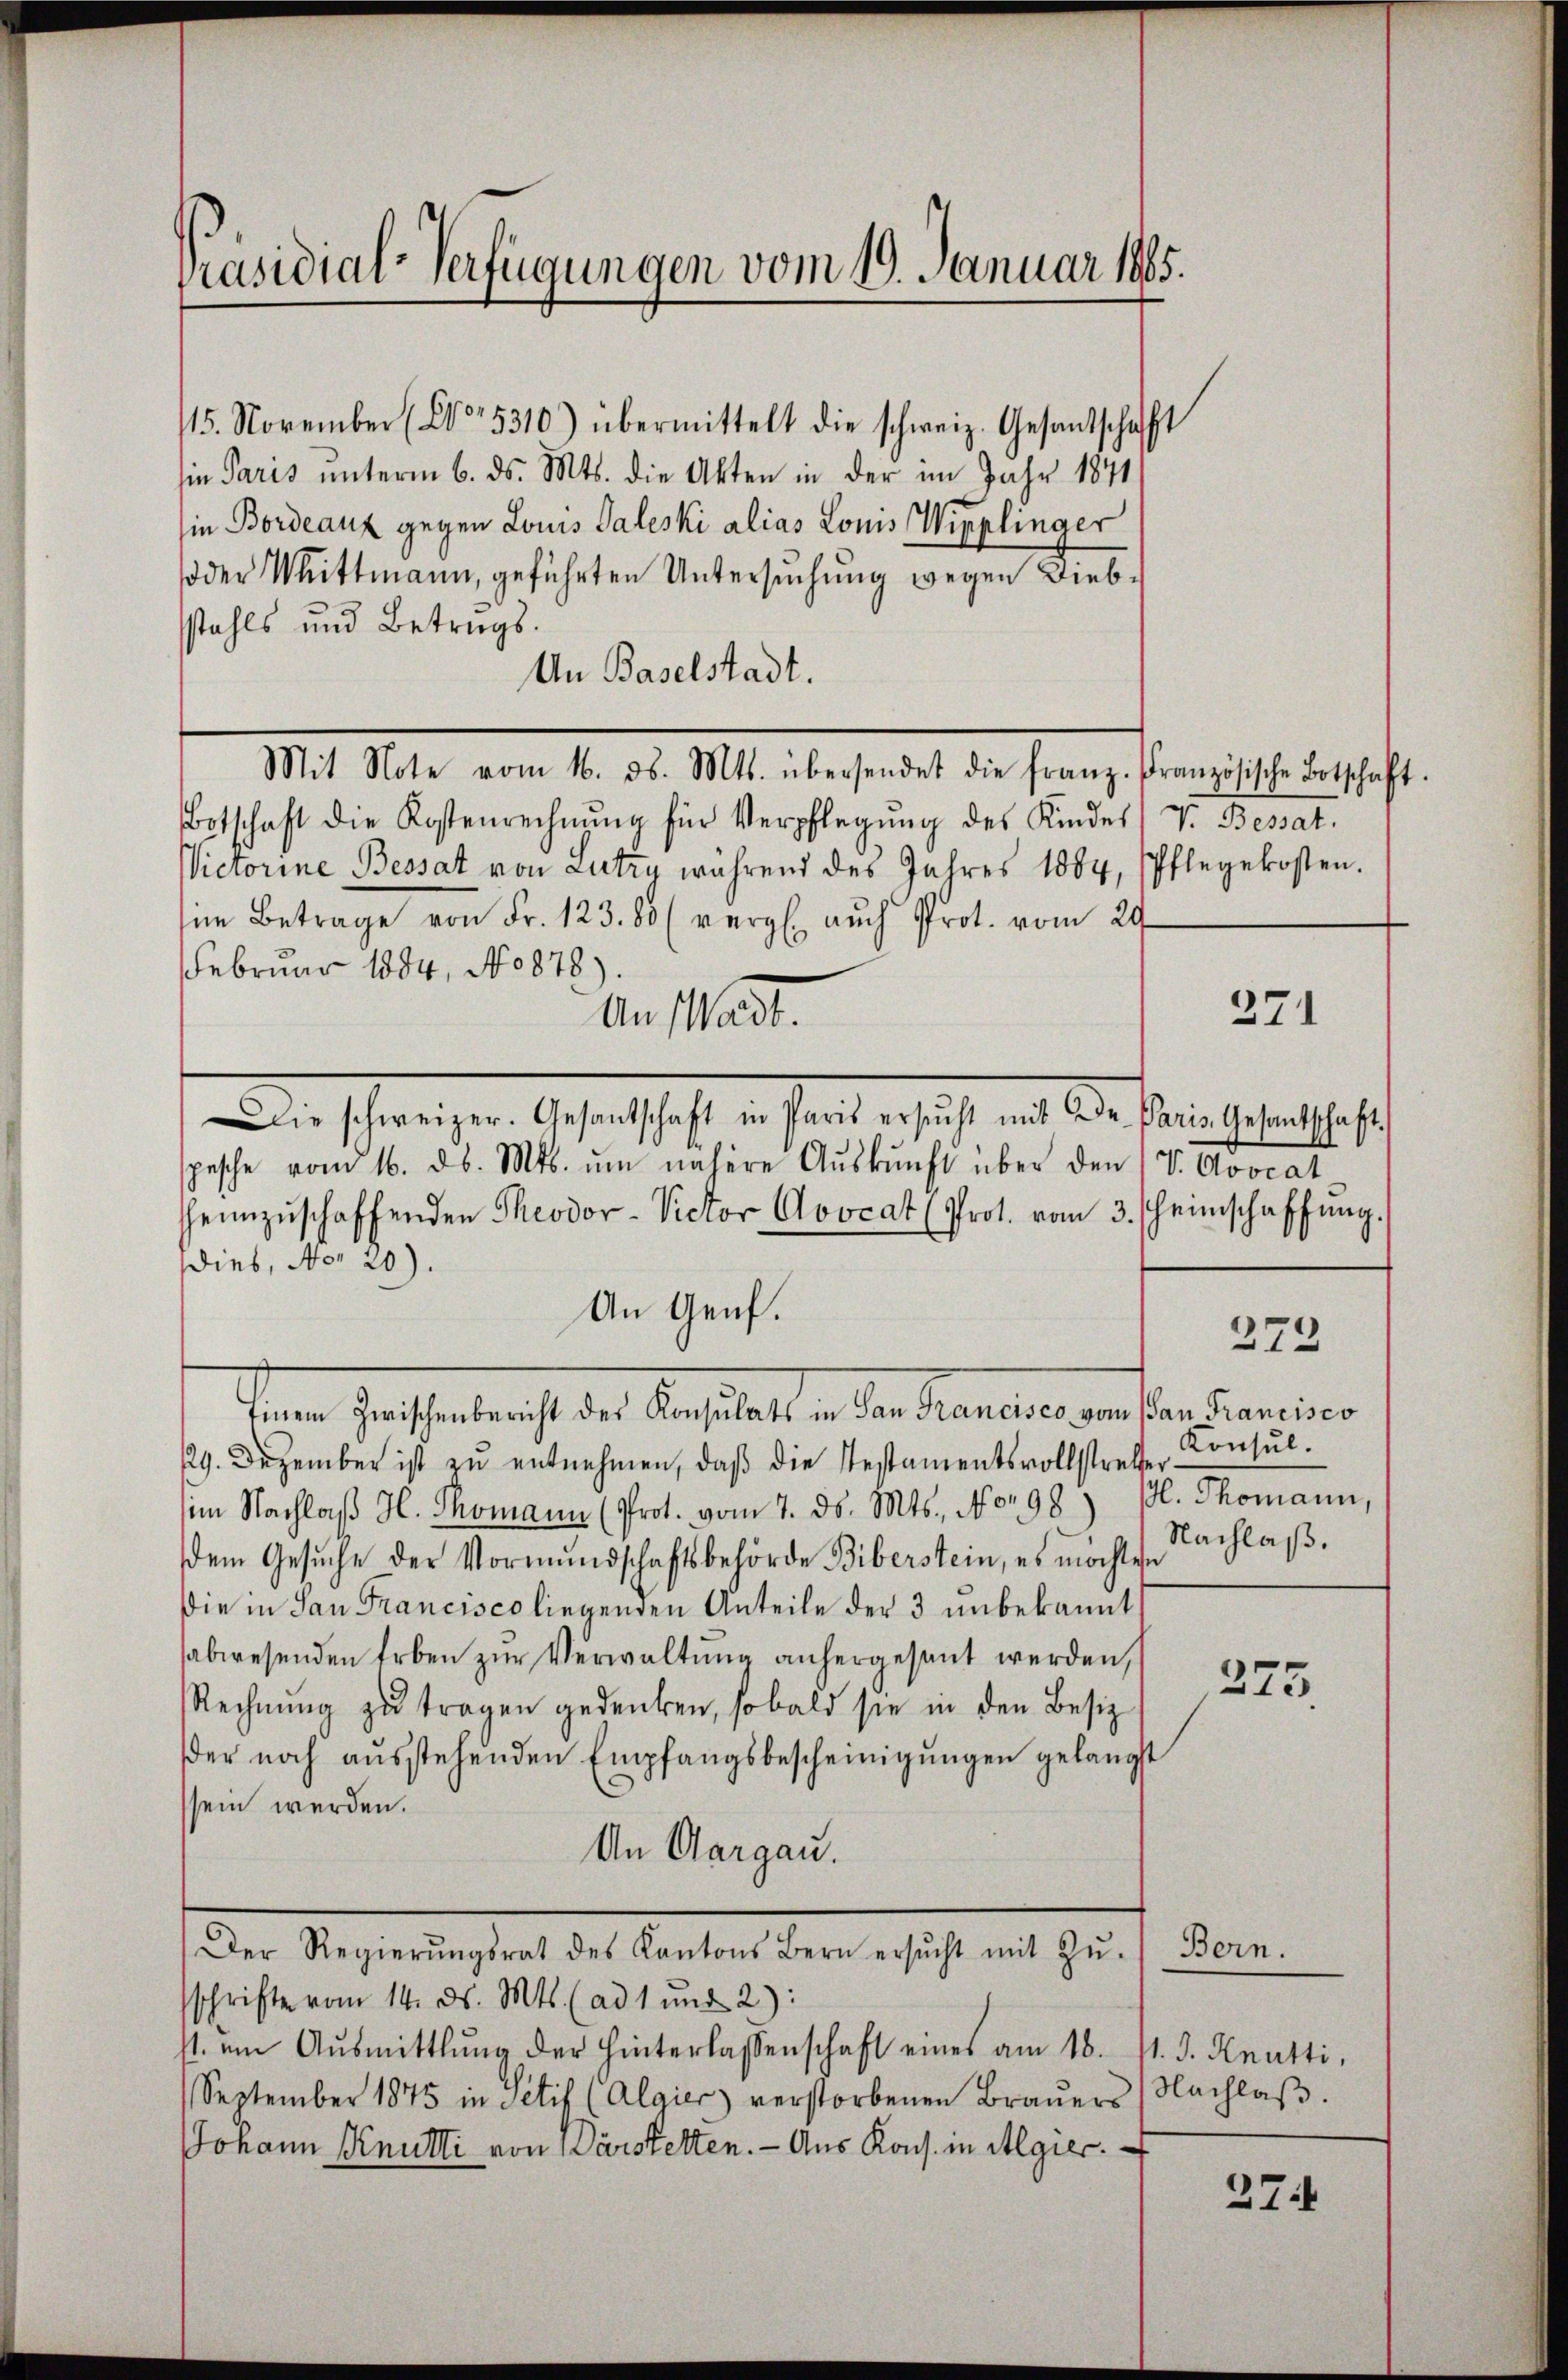
Präsidial-Verfügungen vom 19. Januar 1865.

115. November (Do. 5310) übermittelt die schweiz. Gesantschaft
in Paris unterm 6. ds. Mts. die Akten in der im Jahr 1841
in Bordeauz gegen Louis Taleski alias Louis Wipplinger
oder Mittmann, geführten Untersuchung wegen Diebstahls und Betrugs.
An Baselstadt.
Mit Note vom 16. d. Mts. übersendet die franz. Französische Botschaft.
Botschaft die Kostenrechnung für Verpflegung des Kindes V. Bessat¬
Victorine Bessat von Lutza während des Jahres 1884, Pflegekosten.
in Betrage von Fr. 123. 80 (vergl. auch Prot. vom 29.
Februar 1884, No 878)
An Mad.
Beschweigen Gestatische es seite sich aus der auch heute se
spische von 16. ds. Mts. ŭm nähere Aŭskŭnft über den (V. Avocat
heimzŭschaffenden Theodor-Victor Coocat (Prot. vom 3. heimschaffŭng.
ies, No 20).
An Genf.
fenen Gasselrecht der Bestalt es in derselben der in den eine
29. Dezember ist zŭ entnehmen, daß die Testamentsvollstrathe
im Nachlaβ H. Thomann (Prot. vom 7. ds. Mts., No 98) M. Thomann,
dem Gesuche der Vormundschaftsbehörde Biberstein, es möchten
Die in San Francisco liegenden Anteile der 3 unbekannt
sabwesenden Erben zŭr Verwaltung anhergesant werden,
Rechnŭng zŭ tragen gedenken, sobald sie in den Besiz
der noch aŭsstehenden Empfangsbescheinigŭngen gelängst
sein werden.
An Aargau.
Bern.
Der Regierŭngsrat des Kantons Bern ersŭcht mit Zŭ-
sschrifte vom 14. ds. Mts. (ad 1 und 2):
st. am Aŭsmittlung der Hinterlassenschaft eines am 18. 11. d. Knutti,
September 1875 in Petif (Algier) verstorbenen Braŭers Nachlaβ.
Johann Knutti von Darstetten. — Aus Kons. in Algier

271

273

Konsul
Nachlaß.

275.

27.